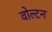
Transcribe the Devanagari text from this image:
वोल्टन